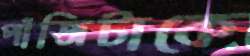
পাঁজিটাকে